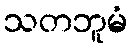
သတဘူမံ